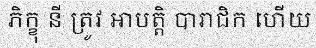
ភិក្ខុ នី ត្រូវ អាបត្តិ បារាជិក ហើយ